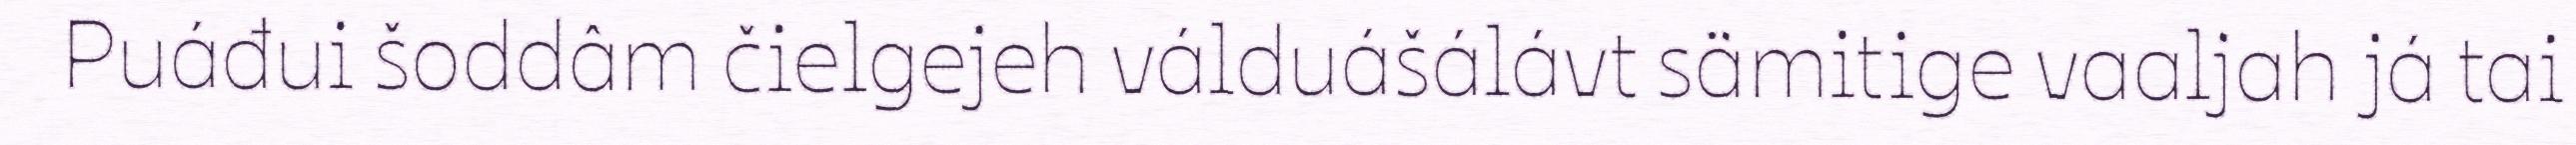
Puáđui šoddâm čielgejeh válduášálávt sämitige vaaljah já tai